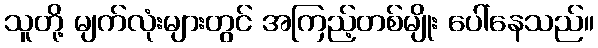
သူတို့ မျက်လုံးများတွင် အကြည့်တစ်မျိုး ပေါ်နေသည်။